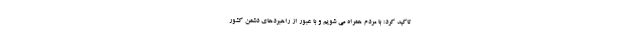
تاکید کرد: با مردم همراه می شویم و با عبور از راهبردهای دشمن کشور